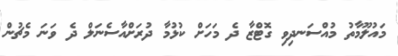
މައުލޫމާތު މުއްސަނދިވި ގޮޓްޒާ ދެ މަހަށް ކުޅުމާ ދުރަށްއާސެނަލް ދެ ވަނަ މެޗުން